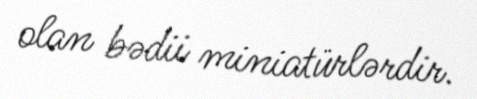
olan bədii miniatürlərdir.